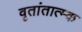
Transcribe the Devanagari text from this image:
वृतांतात्‍म्क